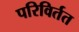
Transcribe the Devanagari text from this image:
परिविर्तत